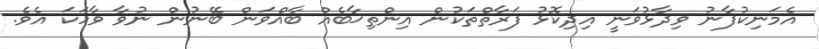
އެމަނިކުފާނު ވިދާޅުވަނީ އިދިކޮޅު ފަރާތްތަކުން އިންތިޚާބެއް ބާއްވަން ބޭނުން ނުވާ ވާހަކަ އެވެ.